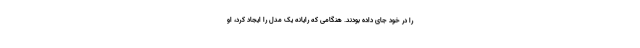
را در خود جای داده بودند. هنگامی که رایانه یک مدل را ایجاد کرد، او